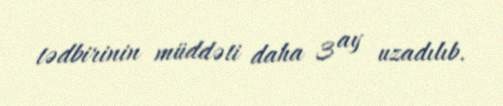
tədbirinin müddəti daha 3 ay uzadılıb.